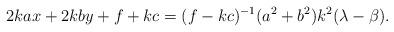
LaTeX: \begin{align*}2kax+2kby+f+kc=(f-kc)^{-1}(a^2+b^2)k^2(\lambda-\beta).\end{align*}